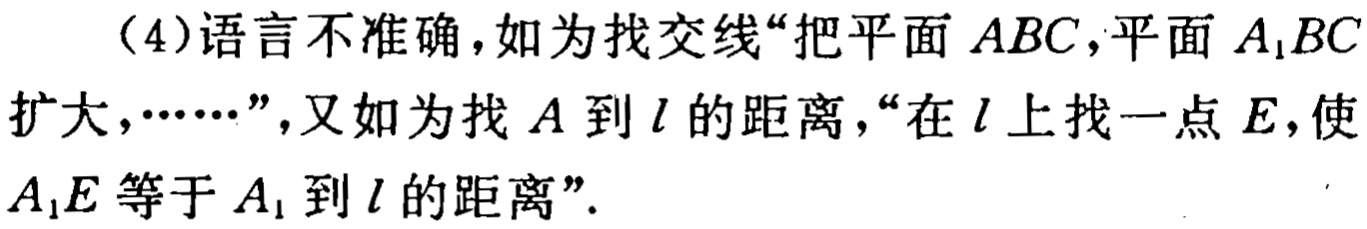
（4）语言不准确，如为找交线“把平面 \(ABC\)，平面 \(A_{1}BC\) 扩大，……”，又如为找 \(A\) 到 \(l\) 的距离，“在 \(l\) 上找一点 \(E\)，使 \(A_{1}E\) 等于 \(A_{1}\) 到 \(l\) 的距离”.